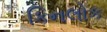
કિનલોક